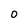
Character: o